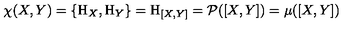
\chi ( X , Y ) = \{ \mathrm { H } _ { X } , \mathrm { H } _ { Y } \} = \mathrm { H } _ { [ X , Y ] } = { \cal P } ( [ X , Y ] ) = \mu ( [ X , Y ] )